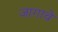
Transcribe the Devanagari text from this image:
जागावे